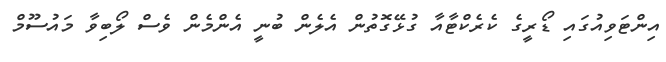
އިންޓަވިއުގައި ޑޯރީގެ ކެރެކްޓާއާ ގުޅޭގޮތުން އެލެން ބުނީ އެންމެން ވެސް ލޯބިވާ މައުސޫމް